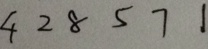
4 2 8 5 7 1